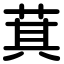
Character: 萁